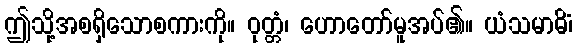
ဤသို့အစရှိသောစကားကို။ ဝုတ္တံ၊ ဟောတော်မူအပ်၏။ ယံသမာဓိံ၊